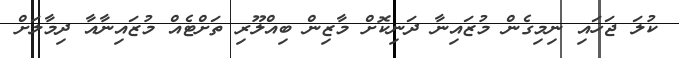
ކުލަ ޖަހައި ނިމިގެން މުޒައިނާ ދަނިކޮށް މާޒިން ބިއްލޫރި ތަށްޓެއް މުޒައިނާއާ ދިމާލަށް